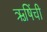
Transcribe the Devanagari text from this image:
ऋषिंची